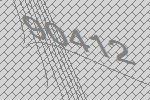
90412